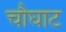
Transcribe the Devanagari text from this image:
चौघाट